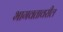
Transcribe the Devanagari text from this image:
भागवतावरील